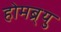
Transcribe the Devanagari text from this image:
होमब्र्यु